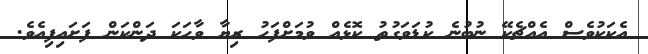
އެކަކުވެސް އެއްޗެކޭ ނުބުނެ ކުޑަވަގުތު ކޮޅެއް ވުމަށްފަހު ރިޔާ ވާހަކަ ދަންކަން ފަށައިފިއެވެ.